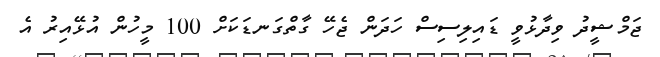
ޖަމްޝީދު ވިދާޅުވީ ޑަައިލިސިސް ހަދަން ޖެހޭ ގާތްގަނޑަކަށް 100 މީހުން އުޅޭއިރު އެ